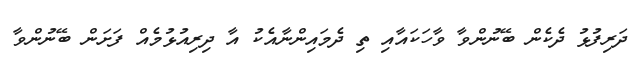
ދަރިފުޅު ދެކެން ބޭނުންވާ ވާހަކައާއި ތި ދެމައިންނާއެކު އާ ދިރިއުޅުމެއް ފަށަން ބޭނުންވާ